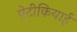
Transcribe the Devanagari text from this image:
पेटीकियाई